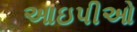
આઇપીઓ